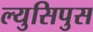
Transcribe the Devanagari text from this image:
ल्युसिपुस